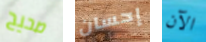
صحيح إحسان الآن